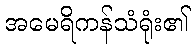
အမေရိကန်သံရုံး၏